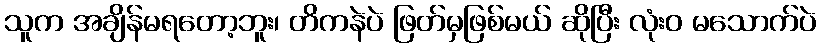
သူက အချိန်မရတော့ဘူး၊ တိကနဲပဲ ဖြတ်မှဖြစ်မယ် ဆိုပြီး လုံးဝ မသောက်ပဲ